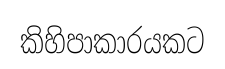
කිහිපාකාරයකට